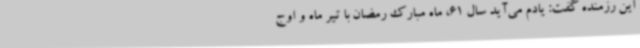
این رزمنده گفت: یادم می‌آید سال 61، ماه مبارک رمضان با تیر ماه و اوج